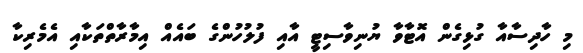
މި ހާދިސާއާ ގުޅިގެން އޮޓާވާ ޔުނިވާސިޓީ އާއި ފުލުހުންގެ ބައެއް އިމާރާތްތަކާއި އެމެރިކާ